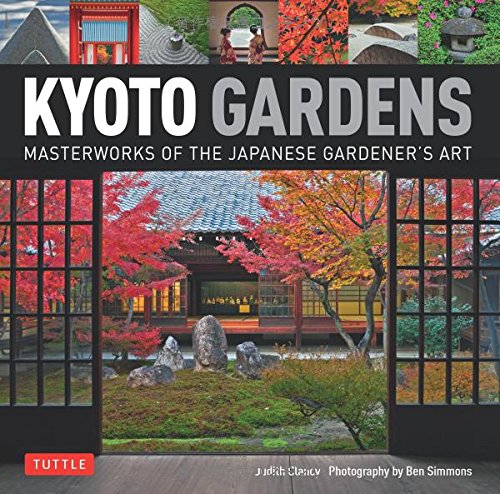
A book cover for Kyoto Gardens: Masterworks of the Japanese Gardener's Art; Judith Clancy; Crafts, Hobbies & Home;